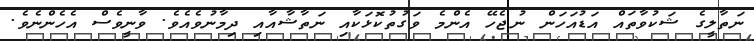
ނަތާލީގެ ޝަކުވާތައް އަޑުއަހަން ނުޖެހޭ އެންމެ ވަގުތުކޮޅަކާއި ނަތާޝާއާއި ދިމާނުވެއެވެ. ވާނީވެސް އެހެންނެވެ.